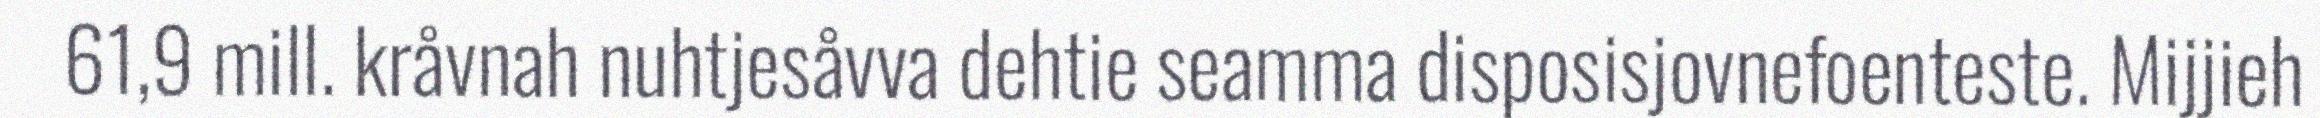
61,9 mill. kråvnah nuhtjesåvva dehtie seamma disposisjovnefoenteste. Mijjieh